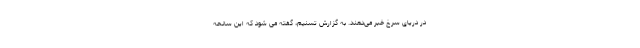
در دریای سرخ خبر می‌دهند. به گزارش تسنیم، گفته می شود که این سانحه